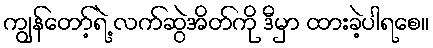
ကျွန်တော့်ရဲ့ လက်ဆွဲအိတ်ကို ဒီမှာ ထားခဲ့ပါရစေ။